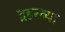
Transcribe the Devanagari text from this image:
द्रहरव्या